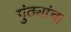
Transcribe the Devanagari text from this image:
गुंठ्यांचा